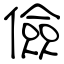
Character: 儉